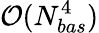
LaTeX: \mathcal{O}(N_{bas}^{4})